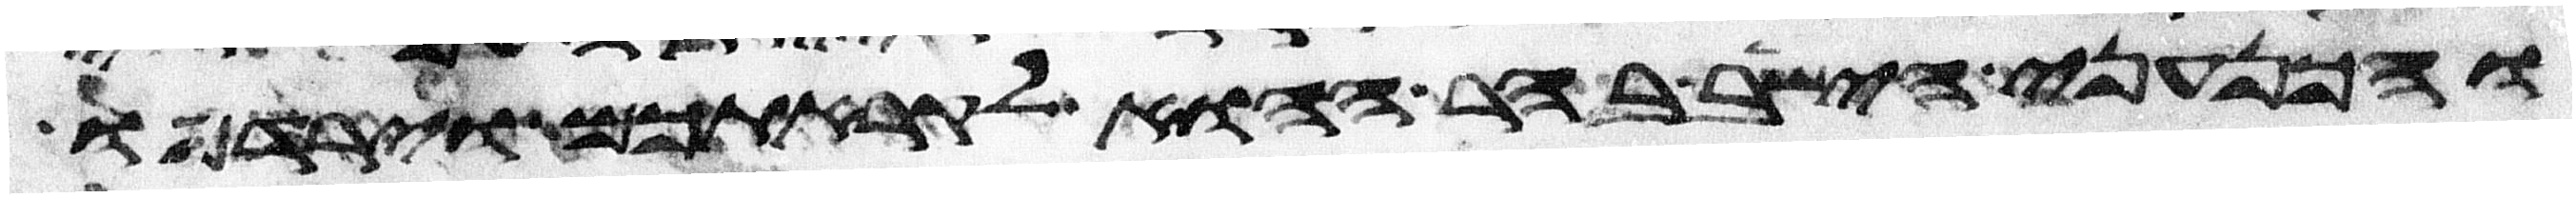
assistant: והכנעני הישב בהר ההוא לקראתכם וירדפו